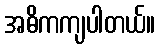
အဓိကကျပါတယ်။